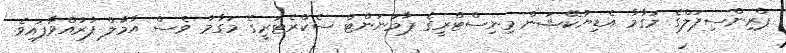
ޕްރިންސިޕަލްގެ މަގާމާ އެޑިޔުކޭޝަން މިނިސްޓްރީގެ ޕާމަނަންޓް ސެކްރެޓަރީގެ މަގާމު ވެސް އާމާލް ފުރުއްވާފައިވެ